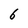
Character: 6